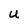
Character: U